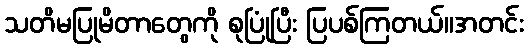
သတိမပြုမိတာတွေကို စုပြုံပြီး ပြပစ်ကြတယ်။အတင်း